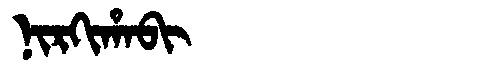
Manchu: ᠨᡳᡵᡴᡳᡥᠠᠪᡳ
Romanization: NIRKIHABI